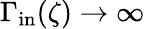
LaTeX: \Gamma_{\mathrm{in}}(\zeta)\to\infty